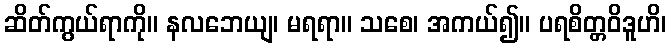
ဆိတ်ကွယ်ရာကို။ နလဘေယျ၊ မရရာ။ သစေ၊ အကယ်၍။ ပရစိတ္တဝိဒူဟိ၊